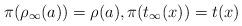
LaTeX: \begin{align*}\pi(\rho_\infty(a))=\rho(a), \pi(t_\infty(x))=t(x)\end{align*}